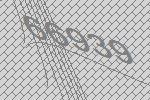
66939